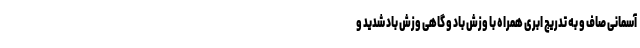
آسمانی صاف و به‌ تدریج ابری همراه با وزش باد و گاهی وزش باد شدید و